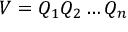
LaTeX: V = Q _ { 1 } Q _ { 2 } \dots Q _ { n }